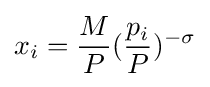
x_{i}={\frac {M}{P}}({\frac {p_{i}}{P}})^{-\sigma }